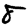
Digit: 8